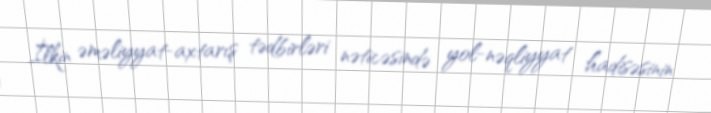
İlkin əməliyyat-axtarış tədbirləri nəticəsində yol-nəqliyyat hadisəsinin